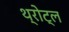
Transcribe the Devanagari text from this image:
थ्रोट्ल